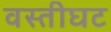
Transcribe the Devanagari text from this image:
वस्तीघट